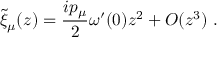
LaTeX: { \widetilde \xi } _ { \mu } ( z ) = { \frac { i p _ { \mu } } { 2 } } \omega ^ { \prime } ( 0 ) z ^ { 2 } + { \cal O } ( z ^ { 3 } ) ~ .